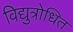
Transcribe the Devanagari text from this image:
विद्युत्रोधित